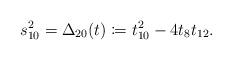
LaTeX: \begin{align*} s_{10}^2 = \Delta_{20}(t) \coloneqq t_{10}^2 - 4 t_8 t_{12}.\end{align*}